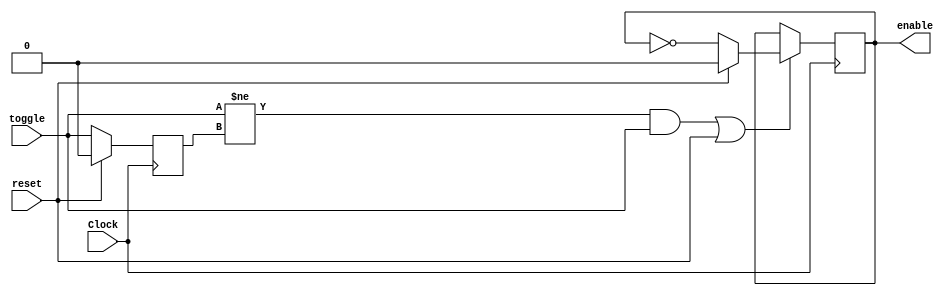
`timescale 1ns / 1ps
//////////////////////////////////////////////////////////////////////////////////
// Company: 
// Engineer: 
// 
// Design Name: 
// Module Name:    ToggleButton 
// Project Name: 
// Target Devices: 
// Tool versions: 
// Description: 
//
// Dependencies: 
//
// Revision: 
// Revision 0.01 - File Created
// Additional Comments: 
//
//////////////////////////////////////////////////////////////////////////////////
module ToggleButton(
    input toggle,
	 input Clock,
	 input reset,
    output reg enable
    );

reg lastToggleState = 0;//Default to zero.

always @(posedge Clock) begin
	//If the current state doesn't equal the last state and
	//the button is pressed down, return the inverse of the 
	//toggle state.
	//If the button is reset, set the state to default.
	if((toggle != lastToggleState && toggle) || reset) begin
		enable <= !reset ? !enable : 0;
	end
		lastToggleState <= !reset ? toggle : 0;//Store the previous state.
end

endmodule